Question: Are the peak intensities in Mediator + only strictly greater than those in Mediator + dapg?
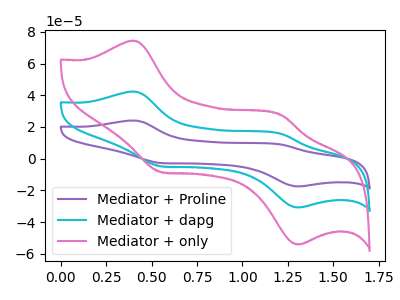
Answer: <think>The purple curve "Mediator + Proline" has anodic peaks at (0.40V, 84.65uA) (1.20V, 31.30uA) and cathodic peaks at (0.55V, -9.55uA) (1.30V, -61.60uA). The cyan curve "Mediator + dapg" has anodic peaks at (0.40V, 42.35uA) (1.20V, 15.65uA) and cathodic peaks at (0.55V, -4.80uA) (1.30V, -30.80uA). The pink curve "Mediator + only" has anodic peaks at (0.40V, 74.40uA) (1.20V, 27.50uA) and cathodic peaks at (0.55V, -8.40uA) (1.30V, -54.15uA).</think>
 <answer>Every peak in "Mediator + only" is higher than every peak in "Mediator + dapg".</answer>
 <eval>higher</eval>